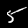
Digit: 5